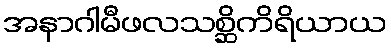
အနာဂါမီဖလသစ္ဆိကိရိယာယ